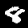
Digit: 8